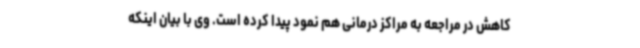
کاهش در مراجعه به مراکز درمانی هم نمود پیدا کرده است. وی با بیان اینکه